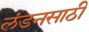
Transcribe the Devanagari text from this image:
लंडनसाठी